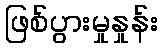
ဖြစ်ပွားမှုနှုန်း